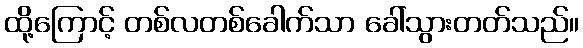
ထို့ကြောင့် တစ်လတစ်ခေါက်သာ ခေါ်သွားတတ်သည်။